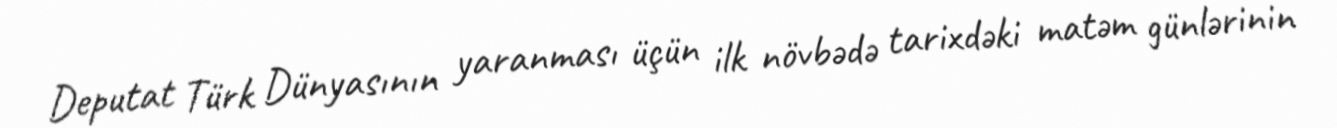
Deputat Türk Dünyasının yaranması üçün ilk növbədə tarixdəki matəm günlərinin